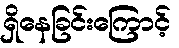
ရှိနေခြင်းကြောင့်